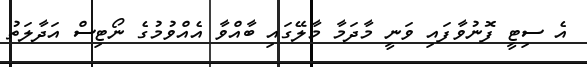
އެ ސިޓީ ފޮނުވާފައި ވަނީ މާދަމާ މާލޭގައި ބާއްވާ އެއްވުމުގެ ނޯޓިސް އަދާލަތު